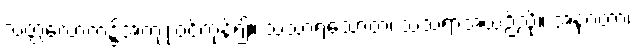
သတ္တလောက၌အကျုံးဝင်ကုန်၍။ သံသာရသောတံ၊ သံသရာအယဉ်သို့။ အနုဂတာ၊